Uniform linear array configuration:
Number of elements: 48
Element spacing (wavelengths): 0.25
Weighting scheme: hann
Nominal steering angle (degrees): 45
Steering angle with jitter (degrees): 43.935
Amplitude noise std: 0.05
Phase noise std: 0.05

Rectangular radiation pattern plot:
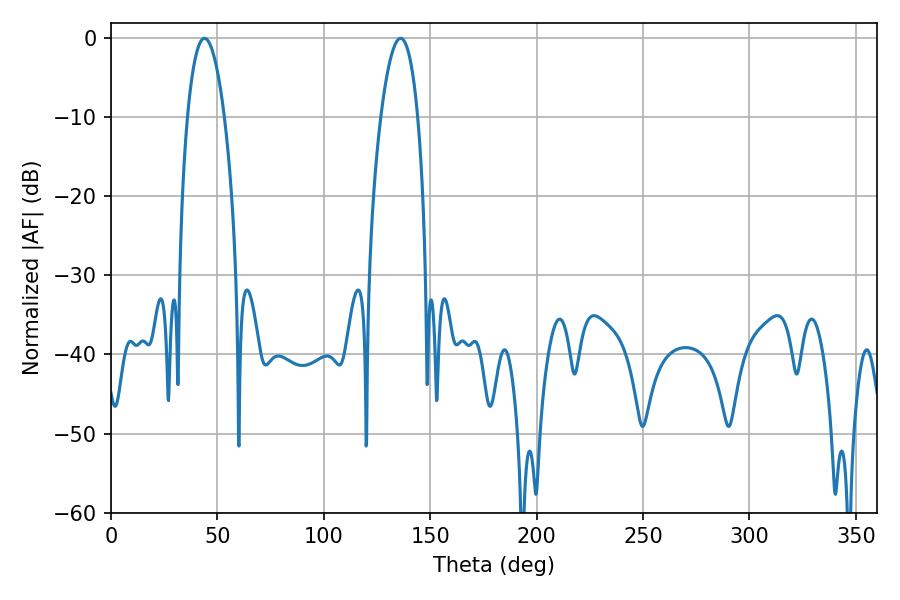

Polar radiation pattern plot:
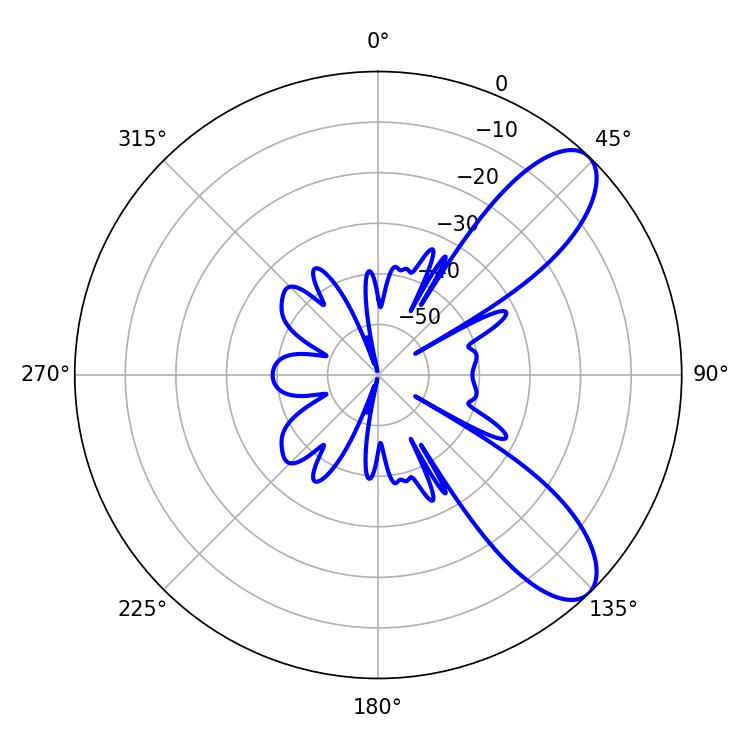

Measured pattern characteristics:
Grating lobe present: FALSE
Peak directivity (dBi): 9.021
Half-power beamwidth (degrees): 9.72
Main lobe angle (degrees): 136.08